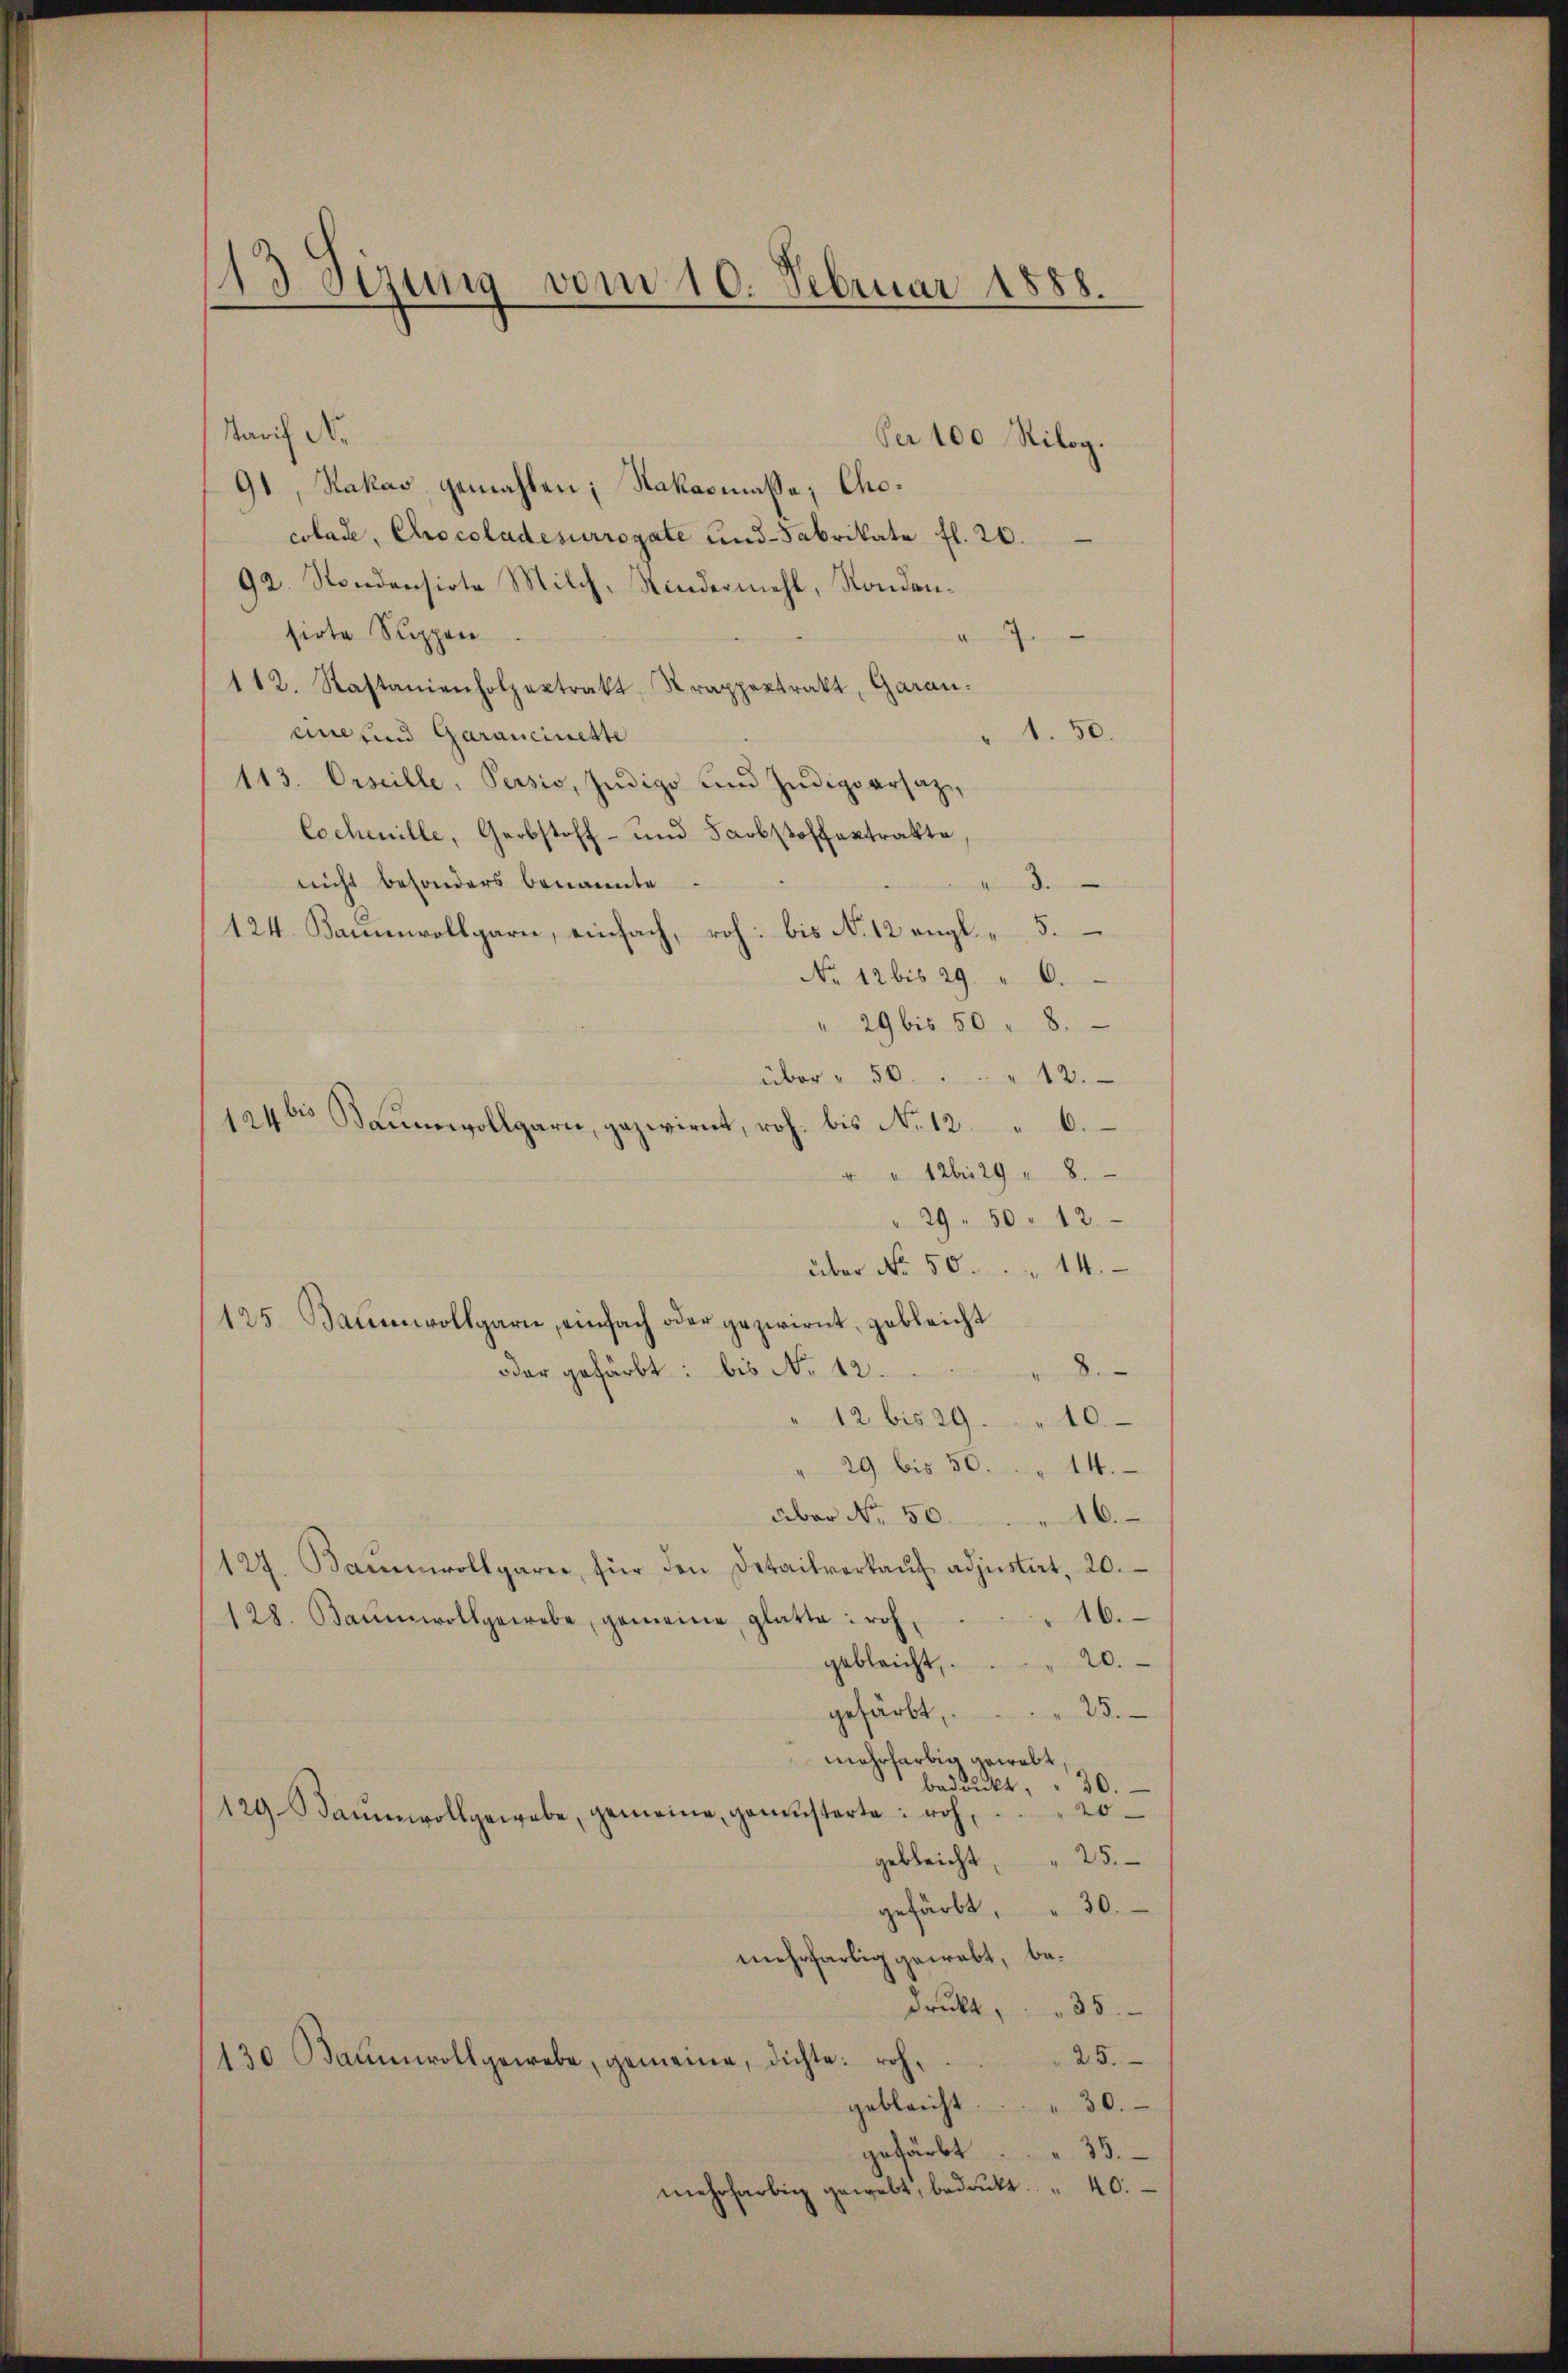
113 Sezung vom 10. Februar 1888.

Warif Nr.
Per 100 Rilog.
91, Kakas gemahlen; Hakasmasse; Chocolade, Chocoladesurrogate und Fabrikate fl. 20.
92. Sondensirte Milch, Kindermehl, Rondansirte Suppen
a
112. Rastanienholzextrakt, Trappextrakt, Garan:
30.
ane und Garancinette
113. Orseille, Pessio, Jndige und Zudigparsazlochenille, Gerbstoff- und Farbstoffaktrakte,
nicht besonders benannte
3.
124. Kaṁenvollgarn, einfach, roh. bis N. 12 engl. 5.
No 12 bis 29. " 6.
" 29 bis 50 " 8.
über " 50. . . " 13.
" 146. 29 " 8.
" 29. 50. 12.
über No. 50. 14.
125. Baumwollgarn, einfach oder gezwirnt, gebleicht
oder gefärbt: bis No 12.
12 bis 29.10.
" 29 bis 50.  " 14.
über No. 50.
16.
127. Baŭmvollgare, für den Detailverkaŭf adjustirt, 20.
16.
128. Baumwollgewebe, gemeine glatte: roh,
20.
gebleicht,
25.
gefärbt,
mehrfarbig gewalt
30.
bedankt.
20
129. Baumwollgewebe, gemeine, gemüsterte: roh,
25.
gebleicht
30.
gefärbt,
mehrfarbig gewebt, bedruckt, " " 35.
25.
130 Baumwoll gewebe, gemeine, dichte: roh¬
30.
gebleicht
gefärbt
33.
mehrfarbig gewebt, bedruckt. 40.

1246 Baŭmevollgarn, gezwirnt, roh. bis No. 12. " 6.